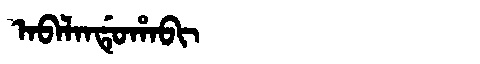
Manchu: ᠠᠪᠠᠯᠠᠨᡩᡠᡥᠠᠪᡳ
Romanization: ABALANDUHABI